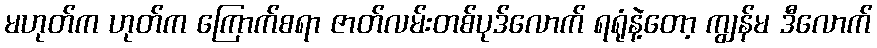
မဟုတ်က ဟုတ်က ကြောက်စရာ ဇာတ်လမ်းတစ်ပုဒ်လောက် ရရုံနဲ့တော့ ကျွန်မ ဒီလောက်